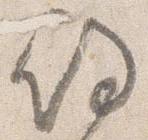
殿